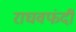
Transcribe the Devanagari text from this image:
राघवफंदी